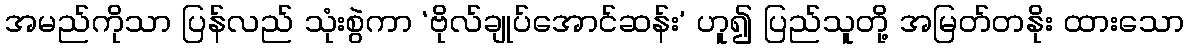
အမည်ကိုသာ ပြန်လည် သုံးစွဲကာ ‘ဗိုလ်ချုပ်အောင်ဆန်း’ ဟူ၍ ပြည်သူတို့ အမြတ်တနိုး ထားသော